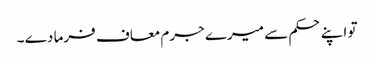
تو اپنے حکم سے میرے جرم معاف فرما دے ۔